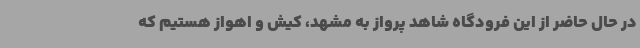
در حال حاضر از این فرودگاه شاهد پرواز به مشهد، کیش و اهواز هستیم که